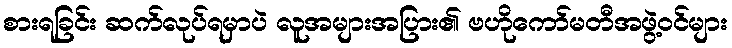
စားရခြင်း ဆက်လုပ်ရမှာပဲ လူအများအပြား၏ ဗဟိုကော်မတီအဖွဲ့ဝင်များ